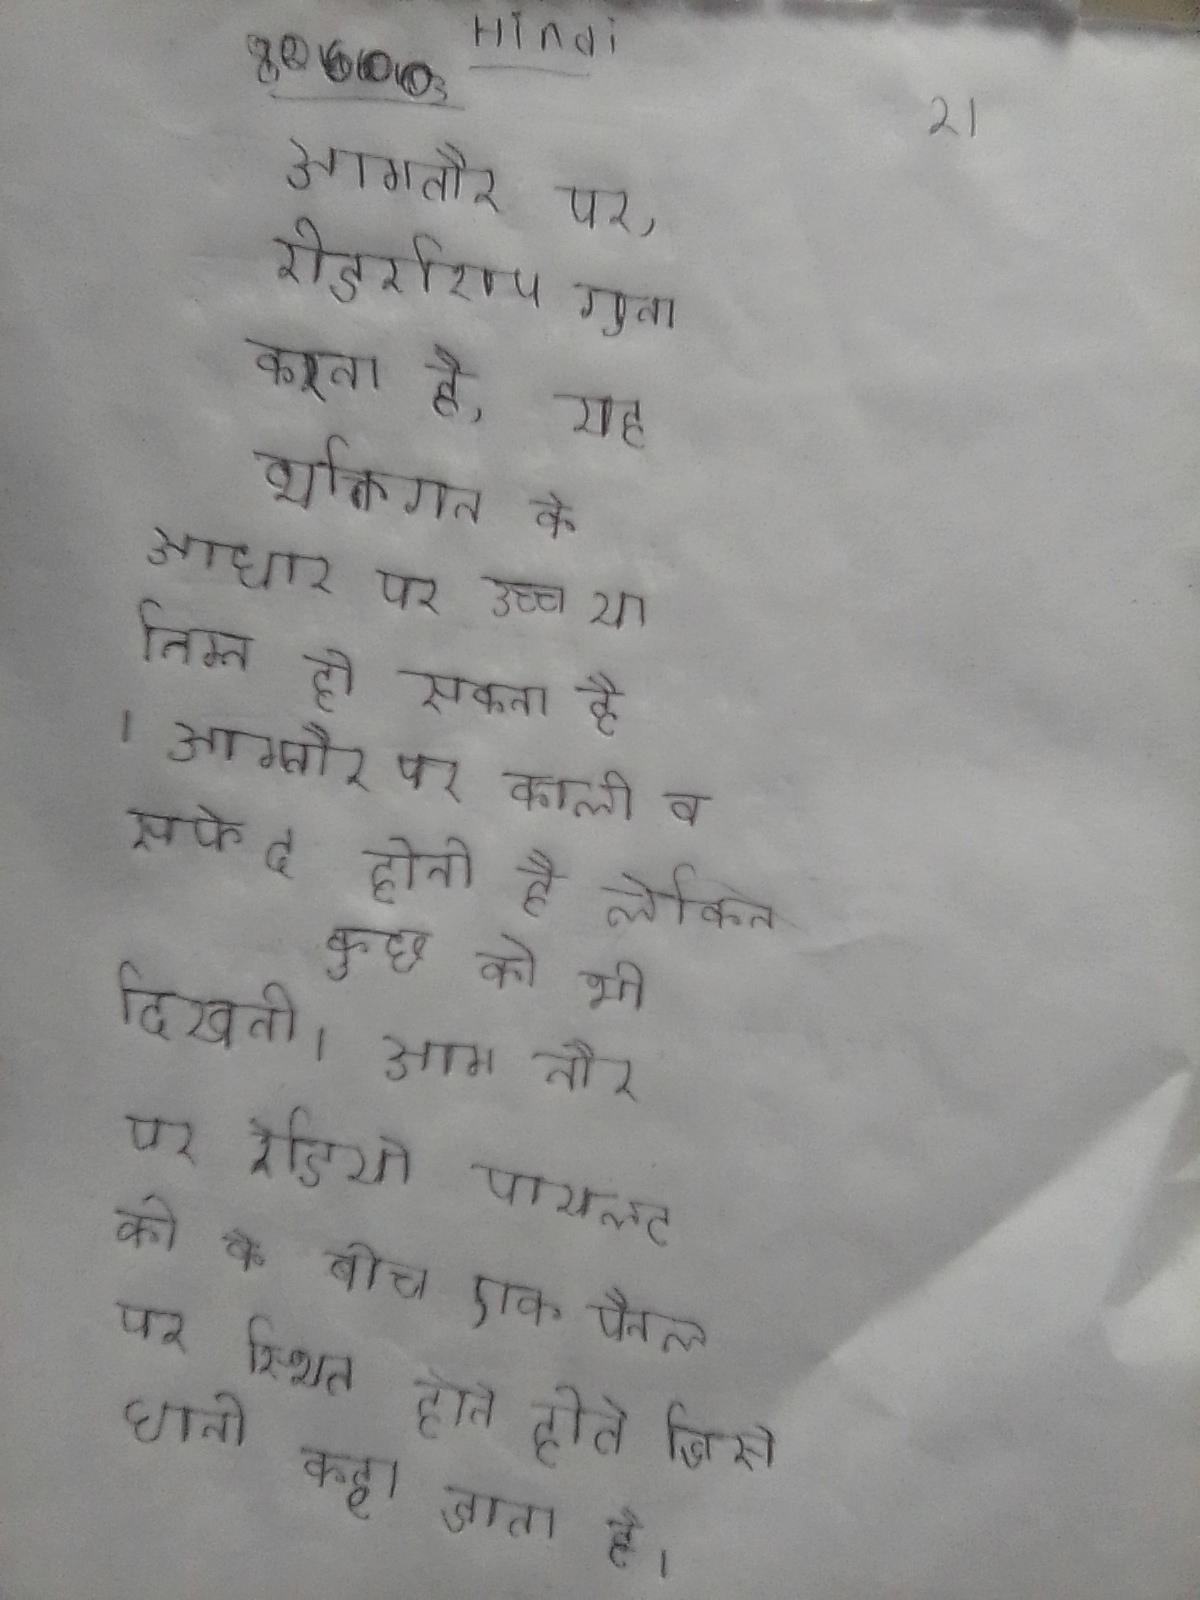
आमतौर पर, रीडरशिप गुना करता है, यह व्यक्तिगत के आधार पर उच्च या निम्न हो सकता है । आमतौर पर काली व सफेद होती है लेकिन कुछ को भी दिखती । आम तौर पर रेडियो पायलट की के बीच एक पैनल पर स्थित होते जिसे धानी कहा जाता है ।